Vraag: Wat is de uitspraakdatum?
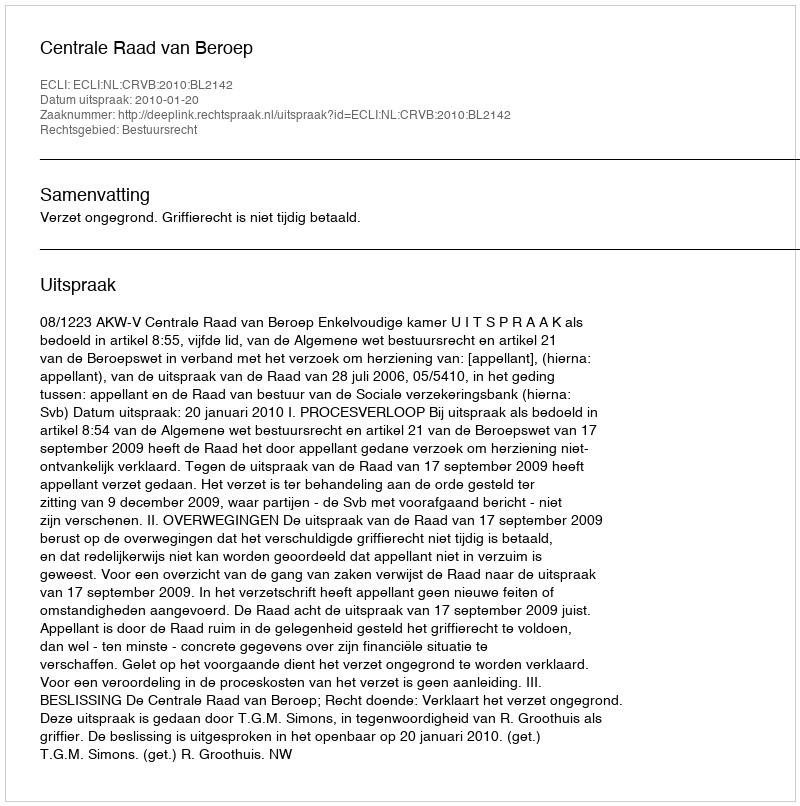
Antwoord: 2010-01-20